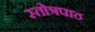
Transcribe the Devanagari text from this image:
स्तोत्रपाठ